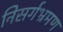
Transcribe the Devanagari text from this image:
निसर्गभ्रमण